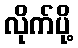
လိုက်ပို့